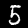
Digit: 5